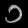
Digit: ၁